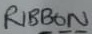
Text: RIBBON